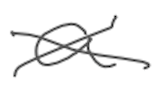
Text: a
Cross-out: cross
Writing tool: digital_gray